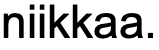
niikkaa.